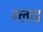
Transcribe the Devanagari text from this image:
ग्लाइ